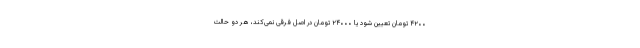
۴۲۰۰ تومان تعیین شود یا ۲۴۰۰۰ تومان در اصل فرقی نمی‌کند، هر دو حالت